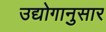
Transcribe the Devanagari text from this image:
उद्योगानुसार